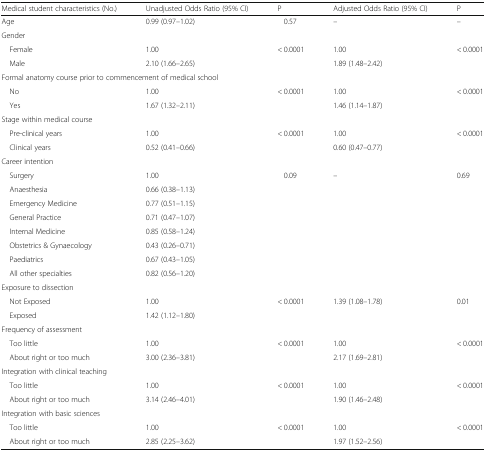
<table><thead><tr><td><b>Medical student characteristics (No.)</b></td><td><b>Unadjusted Odds Ratio (95% CI)</b></td><td><b>P</b></td><td><b>Adjusted Odds Ratio (95% CI)</b></td><td><b>P</b></td></tr></thead><tbody><tr><td>Age</td><td>0.99 (0.97–1.02)</td><td>0.57</td><td>–</td><td>–</td></tr><tr><td colspan="5">Gender</td></tr><tr><td> Female</td><td>1.00</td><td>&lt; 0.0001</td><td>1.00</td><td>&lt; 0.0001</td></tr><tr><td> Male</td><td>2.10 (1.66–2.65)</td><td></td><td>1.89 (1.48–2.42)</td><td></td></tr><tr><td colspan="5">Formal anatomy course prior to commencement of medical school</td></tr><tr><td> No</td><td>1.00</td><td>&lt; 0.0001</td><td>1.00</td><td>&lt; 0.0001</td></tr><tr><td> Yes</td><td>1.67 (1.32–2.11)</td><td></td><td>1.46 (1.14–1.87)</td><td></td></tr><tr><td colspan="5">Stage within medical course</td></tr><tr><td> Pre-clinical years</td><td>1.00</td><td>&lt; 0.0001</td><td>1.00</td><td>&lt; 0.0001</td></tr><tr><td> Clinical years</td><td>0.52 (0.41–0.66)</td><td></td><td>0.60 (0.47–0.77)</td><td></td></tr><tr><td colspan="5">Career intention</td></tr><tr><td> Surgery</td><td>1.00</td><td>0.09</td><td>–</td><td>0.69</td></tr><tr><td> Anaesthesia</td><td>0.66 (0.38–1.13)</td><td></td><td></td><td></td></tr><tr><td> Emergency Medicine</td><td>0.77 (0.51–1.15)</td><td></td><td></td><td></td></tr><tr><td> General Practice</td><td>0.71 (0.47–1.07)</td><td></td><td></td><td></td></tr><tr><td> Internal Medicine</td><td>0.85 (0.58–1.24)</td><td></td><td></td><td></td></tr><tr><td> Obstetrics &amp; Gynaecology</td><td>0.43 (0.26–0.71)</td><td></td><td></td><td></td></tr><tr><td> Paediatrics</td><td>0.67 (0.43–1.05)</td><td></td><td></td><td></td></tr><tr><td> All other specialties</td><td>0.82 (0.56–1.20)</td><td></td><td></td><td></td></tr><tr><td colspan="5">Exposure to dissection</td></tr><tr><td> Not Exposed</td><td>1.00</td><td>&lt; 0.0001</td><td>1.39 (1.08–1.78)</td><td>0.01</td></tr><tr><td> Exposed</td><td>1.42 (1.12–1.80)</td><td></td><td></td><td></td></tr><tr><td colspan="5">Frequency of assessment</td></tr><tr><td> Too little</td><td>1.00</td><td>&lt; 0.0001</td><td>1.00</td><td>&lt; 0.0001</td></tr><tr><td> About right or too much</td><td>3.00 (2.36–3.81)</td><td></td><td>2.17 (1.69–2.81)</td><td></td></tr><tr><td colspan="5">Integration with clinical teaching</td></tr><tr><td> Too little</td><td>1.00</td><td>&lt; 0.0001</td><td>1.00</td><td>&lt; 0.0001</td></tr><tr><td> About right or too much</td><td>3.14 (2.46–4.01)</td><td></td><td>1.90 (1.46–2.48)</td><td></td></tr><tr><td colspan="5">Integration with basic sciences</td></tr><tr><td> Too little</td><td>1.00</td><td>&lt; 0.0001</td><td>1.00</td><td>&lt; 0.0001</td></tr><tr><td> About right or too much</td><td>2.85 (2.25–3.62)</td><td></td><td>1.97 (1.52–2.56)</td><td></td></tr></tbody></table>